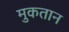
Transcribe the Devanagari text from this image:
मुकतान